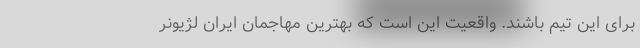
برای این تیم باشند. واقعیت این است که بهترین مهاجمان ایران لژیونر